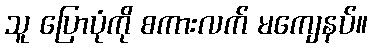
သူ ပြောပုံကို စကားလက် မကျေနပ်။